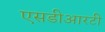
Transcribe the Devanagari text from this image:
एसडीआरटी